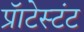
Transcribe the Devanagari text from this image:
प्रॅाटेस्टंट